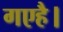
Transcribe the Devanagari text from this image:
गएहै।